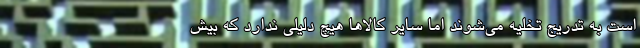
است به تدریج تخلیه می‌شوند اما سایر کالاها هیچ دلیلی ندارد که بیش